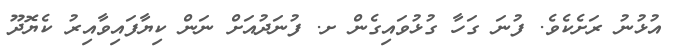
އުޅުނު ރަށެކެވެ. ފުނަ ގަހާ ގުޅުވައިގެން ށ. ފުނަދުއަށް ނަން ކިޔާފައިވާއިރު ކެޔޮދޫ